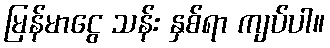
မြန်မာငွေ သန်း နှစ်ရာ ကျပ်ပါ။